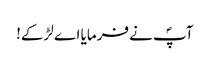
آپؐ نے فرمایا اے لڑکے!